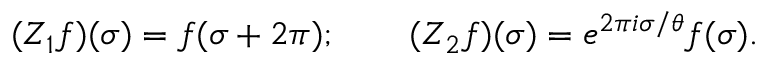
( Z _ { 1 } f ) ( \sigma ) = f ( \sigma + 2 \pi ) ; \qquad ( Z _ { 2 } f ) ( \sigma ) = e ^ { 2 \pi i \sigma / \theta } f ( \sigma ) .